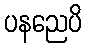
ပနညေပိ